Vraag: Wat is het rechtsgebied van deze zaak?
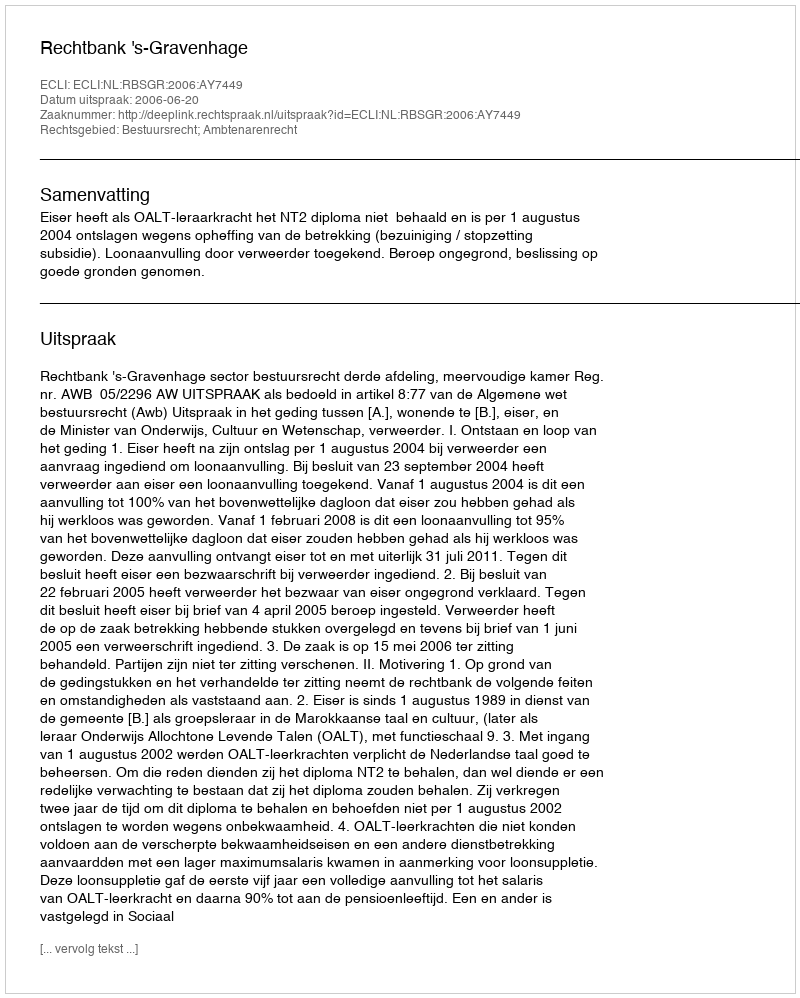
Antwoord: Bestuursrecht; Ambtenarenrecht